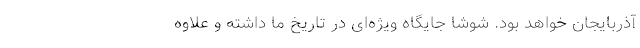
آذربایجان خواهد بود. شوشا جایگاه ویژه‌ای در تاریخ ما داشته و علاوه